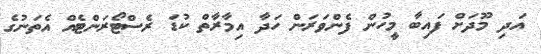
އަދި މޫދަށް ފައިބާ މީހުން ފެންވަރަން ހަދާ އިމާރާތް ކުޑަ ރެސްޓޯރަންޓެއް އެތަނުގެ